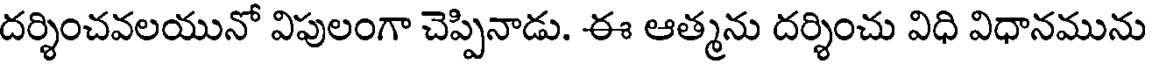
దర్శించవలయునో విపులంగా చెప్పినాడు. ఈ ఆత్మను దర్శించు విధి విధానమును